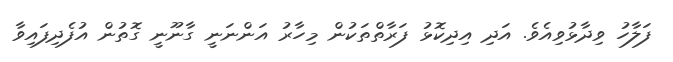
ފަލާހު ވިދާޅުވިއެވެ. އަދި އިދިކޮޅު ފަރާތްތަކުން މިހާރު އަންނަނީ ގާނޫނީ ގޮތުން އުފެދިފައިވާ